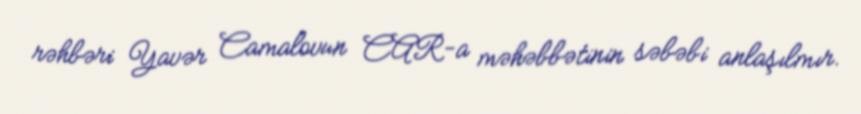
rəhbəri Yavər Camalovun CAR-a məhəbbətinin səbəbi anlaşılmır.